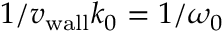
1 / { v _ { \mathrm { w a l l } } } k _ { 0 } = 1 / \omega _ { 0 }